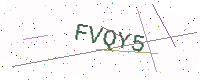
Text: FVQY5